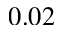
0 . 0 2